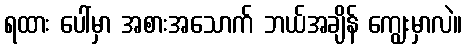
ရထား ပေါ်မှာ အစားအသောက် ဘယ်အချိန် ကျွေးမှာလဲ။